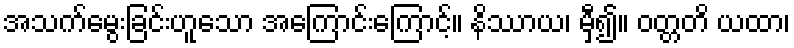
အသက်မွေးခြင်းဟူသော အကြောင်းကြောင့်။ နိဿာယ၊ မှီ၍။ ဝတ္တတိ ယထာ၊